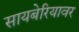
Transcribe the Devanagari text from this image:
सायबेरियावर